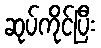
ဆုပ်ကိုင်ပြီး